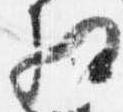
相